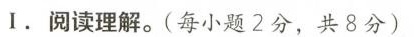
I.阅读理解.(每小题2分,共8分)